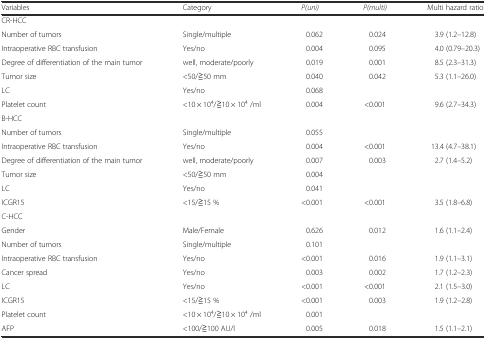
<table><thead><tr><td><b>Variables</b></td><td><b>Category</b></td><td><b><i>P(uni)</i></b></td><td><b><i>P(multi)</i></b></td><td><b>Multi hazard ratio</b></td></tr></thead><tbody><tr><td colspan="5">CR-HCC</td></tr><tr><td>Number of tumors</td><td>Single/multiple</td><td>0.062</td><td>0.024</td><td>3.9 (1.2–12.8)</td></tr><tr><td>Intraoperative RBC transfusion</td><td>Yes/no</td><td>0.004</td><td>0.095</td><td>4.0 (0.79–20.3)</td></tr><tr><td>Degree of differentiation of the main tumor</td><td>well, moderate/poorly</td><td>0.019</td><td>0.001</td><td>8.5 (2.3–31.3)</td></tr><tr><td>Tumor size</td><td>&lt;50/≧50 mm</td><td>0.040</td><td>0.042</td><td>5.3 (1.1–26.0)</td></tr><tr><td>LC</td><td>Yes/no</td><td>0.068</td><td></td><td></td></tr><tr><td>Platelet count</td><td>&lt;10 × 10<sup>4</sup>/≧10 × 10<sup>4</sup> /ml</td><td>0.004</td><td>&lt;0.001</td><td>9.6 (2.7–34.3)</td></tr><tr><td colspan="5">B-HCC</td></tr><tr><td>Number of tumors</td><td>Single/multiple</td><td>0.055</td><td></td><td></td></tr><tr><td>Intraoperative RBC transfusion</td><td>Yes/no</td><td>0.004</td><td>&lt;0.001</td><td>13.4 (4.7–38.1)</td></tr><tr><td>Degree of differentiation of the main tumor</td><td>well, moderate/poorly</td><td>0.007</td><td>0.003</td><td>2.7 (1.4–5.2)</td></tr><tr><td>Tumor size</td><td>&lt;50/≧50 mm</td><td>0.004</td><td></td><td></td></tr><tr><td>LC</td><td>Yes/no</td><td>0.041</td><td></td><td></td></tr><tr><td>ICGR15</td><td>&lt;15/≧15 %</td><td>&lt;0.001</td><td>&lt;0.001</td><td>3.5 (1.8–6.8)</td></tr><tr><td colspan="5">C-HCC</td></tr><tr><td>Gender</td><td>Male/Female</td><td>0.626</td><td>0.012</td><td>1.6 (1.1–2.4)</td></tr><tr><td>Number of tumors</td><td>Single/multiple</td><td>0.101</td><td></td><td></td></tr><tr><td>Intraoperative RBC transfusion</td><td>Yes/no</td><td>&lt;0.001</td><td>0.016</td><td>1.9 (1.1–3.1)</td></tr><tr><td>Cancer spread</td><td>Yes/no</td><td>0.003</td><td>0.002</td><td>1.7 (1.2–2.3)</td></tr><tr><td>LC</td><td>Yes/no</td><td>&lt;0.001</td><td>&lt;0.001</td><td>2.1 (1.5–3.0)</td></tr><tr><td>ICGR15</td><td>&lt;15/≧15 %</td><td>&lt;0.001</td><td>0.003</td><td>1.9 (1.2–2.8)</td></tr><tr><td>Platelet count</td><td>&lt;10 × 10<sup>4</sup>/≧10 × 10<sup>4</sup> /ml</td><td>0.001</td><td></td><td></td></tr><tr><td>AFP</td><td>&lt;100/≧100 AU/l</td><td>0.005</td><td>0.018</td><td>1.5 (1.1–2.1)</td></tr></tbody></table>